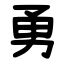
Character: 勇